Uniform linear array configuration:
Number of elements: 4
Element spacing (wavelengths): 0.5
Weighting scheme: kaiser
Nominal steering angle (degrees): -30
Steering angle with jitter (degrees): -30.098
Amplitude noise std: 0.05
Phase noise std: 0.05

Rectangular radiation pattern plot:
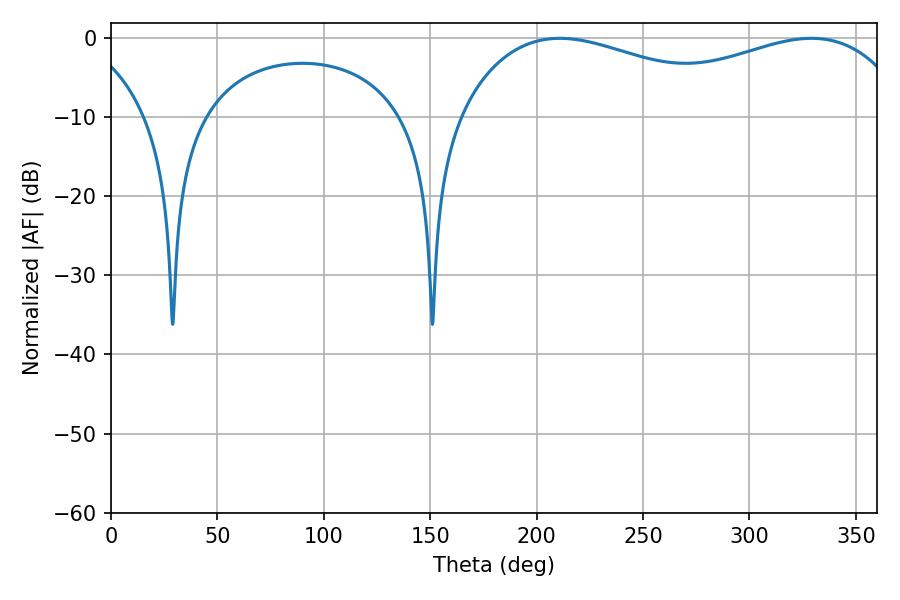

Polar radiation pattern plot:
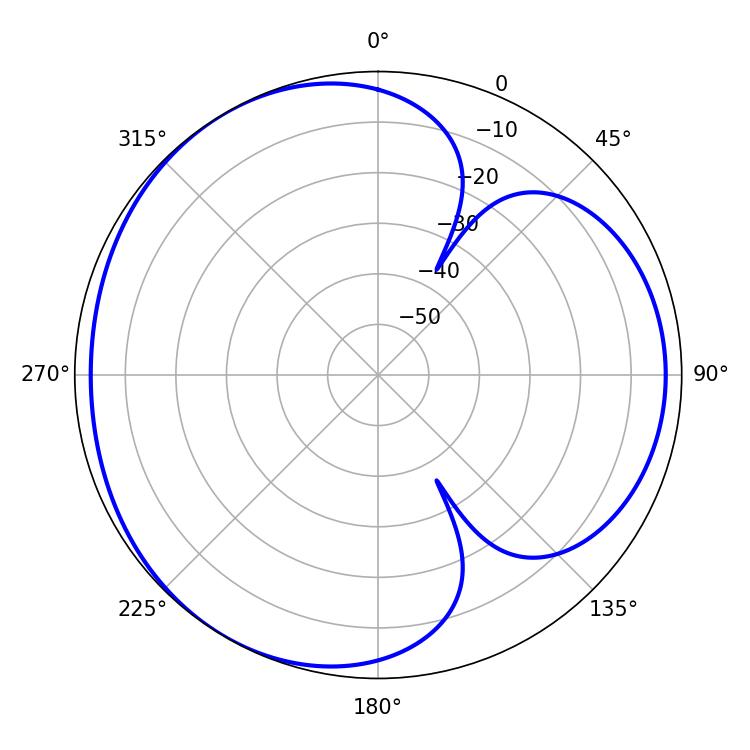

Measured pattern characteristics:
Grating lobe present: FALSE
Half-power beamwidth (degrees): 79.2
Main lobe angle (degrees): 210.96